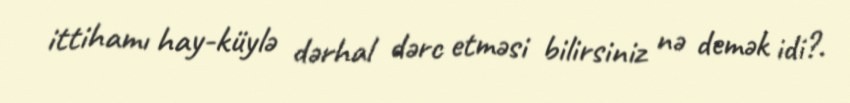
ittihamı hay-küylə dərhal dərc etməsi bilirsiniz nə demək idi?.